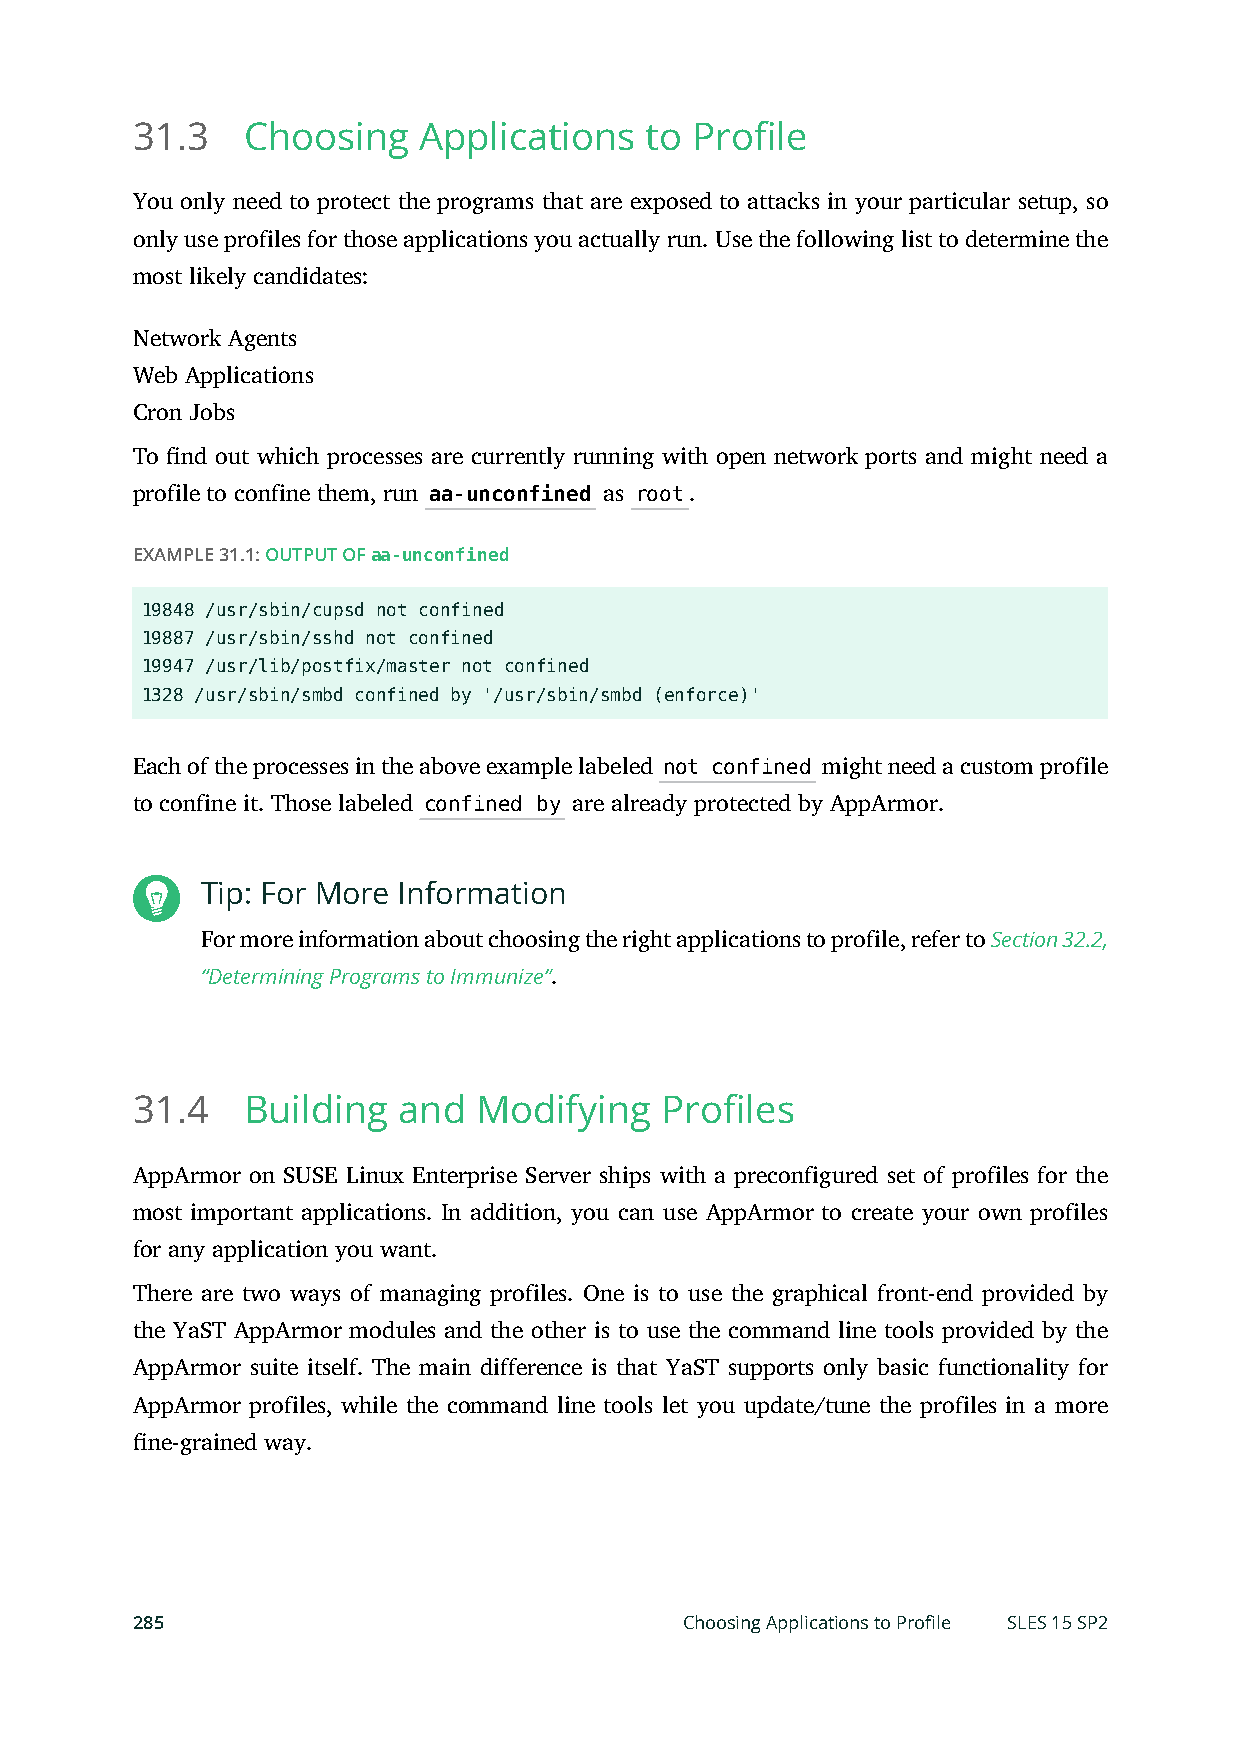
31.3   Choosing    Applications   to Profile
 You only need to protect the programs that are exposed to attacks in your particular setup, so
 only use profiles for those applications you actually run. Use the following list to determine the
 most likely candidates:
 Network Agents
 Web Applications
 Cron Jobs
 To nd out which processes are currently running with open network ports and might need a
 profile to confine them, run aa-unconfined as root.
 EXAMPLE 31.1: OUTPUT OF aa-unconfined
 19848 /usr/sbin/cupsd not confined
 19887 /usr/sbin/sshd not confined
 19947 /usr/lib/postfix/master not confined
 1328 /usr/sbin/smbd confined by '/usr/sbin/smbd (enforce)'
 Each of the processes in the above example labeled not confined might need a custom profile
 to confine it. Those labeled confined by are already protected by AppArmor.
 Tip: For More Information
 For more information about choosing the right applications to profile, refer to Section 32.2,
 “Determining Programs to Immunize”.
 31.4   Building  and  Modifying    Profiles
 AppArmor on SUSE Linux Enterprise Server ships with a preconfigured set of profiles for the
 most important applications. In addition, you can use AppArmor to create your own profiles
 for any application you want.
 There are two ways of managing profiles. One is to use the graphical front-end provided by
 the YaST AppArmor modules and the other is to use the command line tools provided by the
 AppArmor suite itself. The main difference is that YaST supports only basic functionality for
 AppArmor profiles, while the command line tools let you update/tune the profiles in a more
 ne-grained way.
 285                                 Choosing Applications to Profile SLES 15 SP2